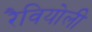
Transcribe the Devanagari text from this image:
रैवियोली